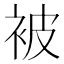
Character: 被